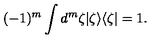
( - 1 ) ^ { m } \int d ^ { m } \zeta | \zeta \rangle \langle \zeta | = 1 .